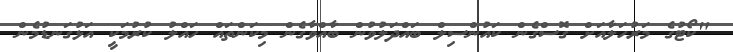
"ކޯޓުގެ މަރުހަލާއަށް ގޮސްގެން ކައުންސިލް ބައްދަލުވުން ބާއްވާގެން މިކަންތައް ހައްލު ކުރުމަކީ އަޅުގަނޑުމެން